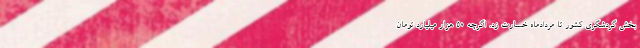
بخش گردشگری کشور تا مردادماه خسارت زد. اگرچه ۵۰ هزار میلیارد تومان